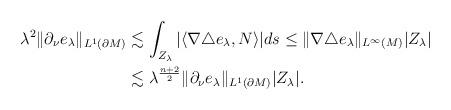
LaTeX: \begin{align*}\lambda^2\|\partial_\nu e_\lambda\|_{L^1(\partial M)}&\lesssim\int_{Z_\lambda} |\langle\nabla\triangle e_\lambda,N\rangle|ds\leq\|\nabla\triangle e_\lambda\|_{L^\infty(M)}|Z_\lambda|\\&\lesssim\lambda^{\frac{n+2}{2}}\|\partial_\nu e_\lambda\|_{L^1(\partial M)}|Z_\lambda|.\end{align*}